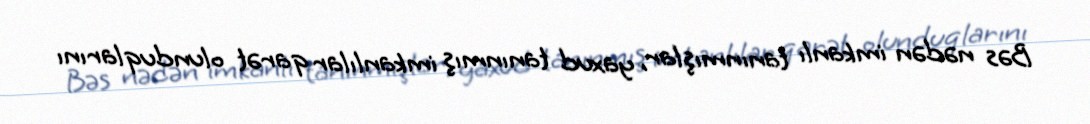
Bəs nədən imkanlı tanınmışlar, yaxud tanınmış imkanlılar qarət olunduqlarını